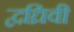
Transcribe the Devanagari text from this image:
द्वध्रिवी